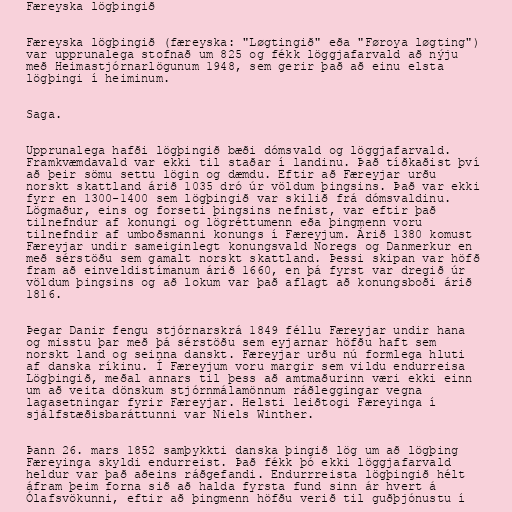
Færeyska lögþingið

Færeyska lögþingið (færeyska: "Løgtingið" eða "Føroya løgting")
var upprunalega stofnað um 825 og fékk löggjafarvald að nýju
með Heimastjórnarlögunum 1948, sem gerir það að einu elsta
lögþingi í heiminum.

Saga.

Upprunalega hafði lögþingið bæði dómsvald og löggjafarvald.
Framkvæmdavald var ekki til staðar í landinu. Það tíðkaðist því
að þeir sömu settu lögin og dæmdu. Eftir að Færeyjar urðu
norskt skattland árið 1035 dró úr völdum þingsins. Það var ekki
fyrr en 1300-1400 sem lögþingið var skilið frá dómsvaldinu.
Lögmaður, eins og forseti þingsins nefnist, var eftir það
tilnefndur af konungi og lögréttumenn eða þingmenn voru
tilnefndir af umboðsmanni konungs í Færeyjum. Árið 1380 komust
Færeyjar undir sameiginlegt konungsvald Noregs og Danmerkur en
með sérstöðu sem gamalt norskt skattland. Þessi skipan var höfð
fram að einveldistímanum árið 1660, en þá fyrst var dregið úr
völdum þingsins og að lokum var það aflagt að konungsboði árið
1816.

Þegar Danir fengu stjórnarskrá 1849 féllu Færeyjar undir hana
og misstu þar með þá sérstöðu sem eyjarnar höfðu haft sem
norskt land og seinna danskt. Færeyjar urðu nú formlega hluti
af danska ríkinu. Í Færeyjum voru margir sem vildu endurreisa
Lögþingið, meðal annars til þess að amtmaðurinn væri ekki einn
um að veita dönskum stjórnmálamönnum ráðleggingar vegna
lagasetningar fyrir Færeyjar. Helsti leiðtogi Færeyinga í
sjálfstæðisbaráttunni var Niels Winther.

Þann 26. mars 1852 samþykkti danska þingið lög um að lögþing
Færeyinga skyldi endurreist. Það fékk þó ekki löggjafarvald
heldur var það aðeins ráðgefandi. Endurrreista lögþingið hélt
áfram þeim forna sið að halda fyrsta fund sinn ár hvert á
Ólafsvökunni, eftir að þingmenn höfðu verið til guðþjónustu í